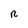
Character: R